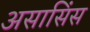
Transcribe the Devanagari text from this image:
असासिंस